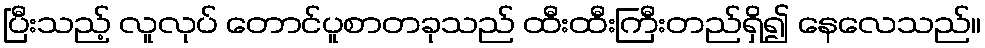
ပြီးသည့် လူလုပ် တောင်ပူစာတခုသည် ထီးထီးကြီးတည်ရှိ၍ နေလေသည်။